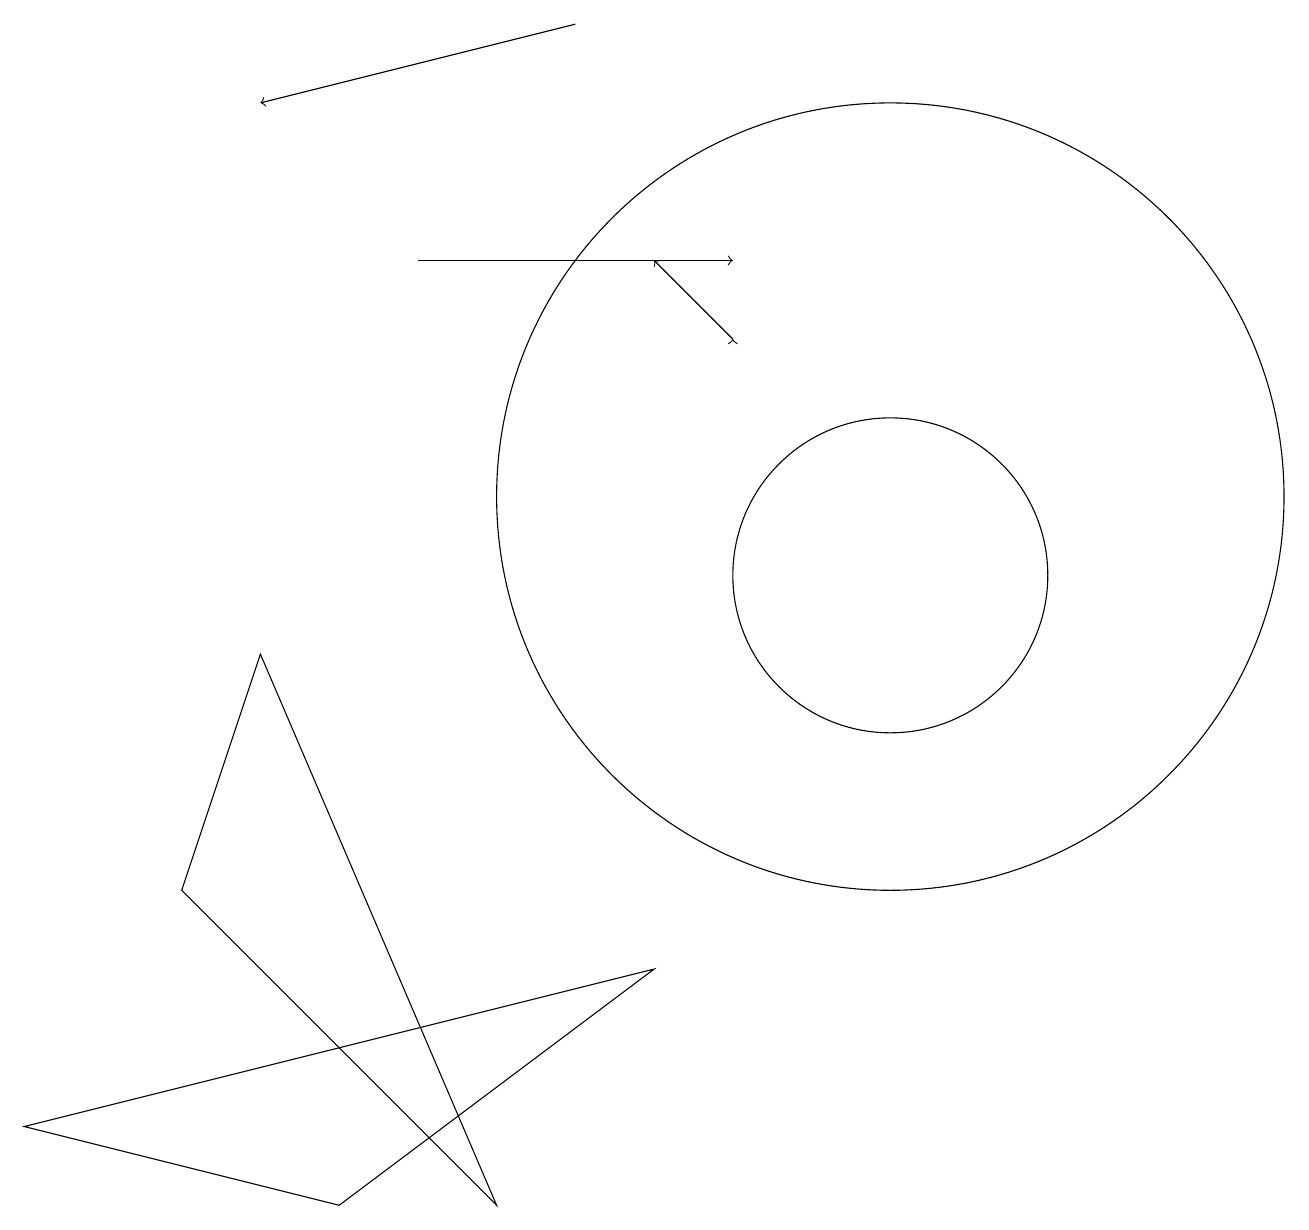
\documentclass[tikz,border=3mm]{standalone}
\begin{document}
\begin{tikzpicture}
\draw (3,9) -- (6,2) -- (2,6) -- cycle;
\draw (8,5) -- (0,3) -- (4,2) -- cycle;
\draw (11,10) circle (2);
\draw[->] (9,13) -- (8,14);
\draw (11,11) circle (5);
\draw[->] (9,13) -- (9,13);
\draw[->] (5,14) -- (9,14);
\draw[->] (7,17) -- (3,16);
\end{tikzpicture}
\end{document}